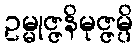
ဥမ္မုဇ္ဇနိမုဇ္ဇမ္ပိ